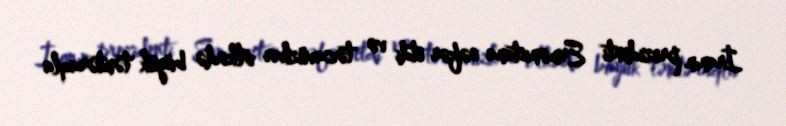
İranın prezidenti Ermənistana səfər etdi və təcavüzkar ölkədə böyük təmtəraqla